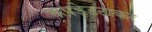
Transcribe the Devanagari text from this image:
कपड़ेउठाकर